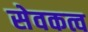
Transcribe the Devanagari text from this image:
सेवकत्व